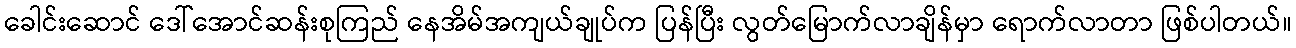
ခေါင်းဆောင် ဒေါ်အောင်ဆန်းစုကြည် နေအိမ်အကျယ်ချုပ်က ပြန်ပြီး လွတ်မြောက်လာချိန်မှာ ရောက်လာတာ ဖြစ်ပါတယ်။